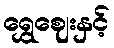
ရွှေဈေးနှင့်